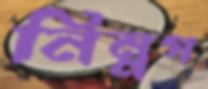
নিম্নগ